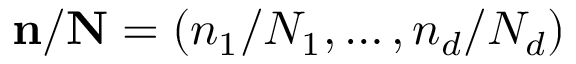
\mathbf { n } / \mathbf { N } = \left( n _ { 1 } / N _ { 1 } , \ldots , n _ { d } / N _ { d } \right)